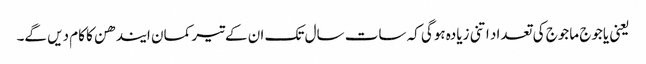
یعنی یاجوج ماجوج کی تعداد اتنی زیادہ ہوگی کہ سات سال تک ان کےتیر کمان ایندھن کا کام دیں گے۔